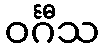
ဝင်္ဂီသ